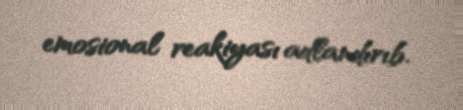
emosional reakiyası adlandırıb.